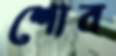
শোব